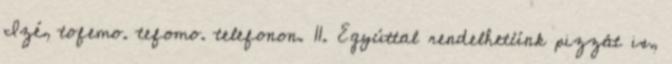
Izé, tofemo. tefomo. telefonon. 11. Egyúttal rendelhetünk pizzát is,